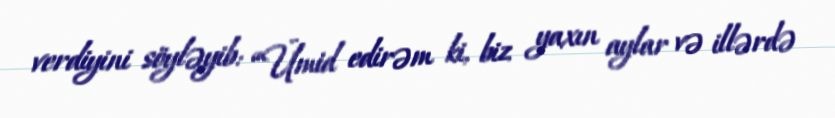
verdiyini söyləyib: “Ümid edirəm ki, biz yaxın aylar və illərdə